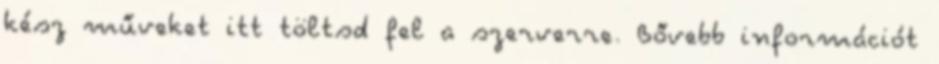
kész műveket itt töltsd fel a szerverre. Bővebb információt